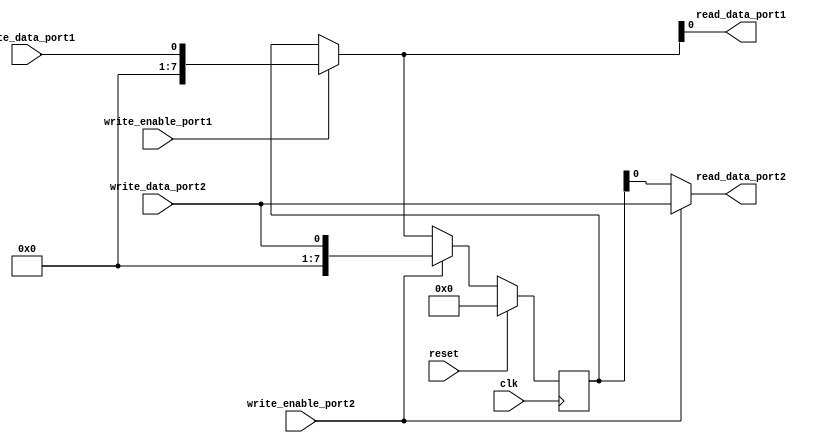
module dual_port_register(
    input wire clk,
    input wire reset,
    
    input wire write_enable_port1,
    input wire write_data_port1,
    output reg read_data_port1,
    
    input wire write_enable_port2,
    input wire write_data_port2,
    output reg read_data_port2
);

reg [7:0] data_storage;

always @ (posedge clk) begin
    if (reset) begin
        data_storage <= 8'h00;
    end else begin
        if (write_enable_port1) begin
            data_storage <= write_data_port1;
        end
        if (write_enable_port2) begin
            data_storage <= write_data_port2;
        end
    end
end

assign read_data_port1 = (write_enable_port1) ? write_data_port1 : data_storage;
assign read_data_port2 = (write_enable_port2) ? write_data_port2 : data_storage;

endmodule